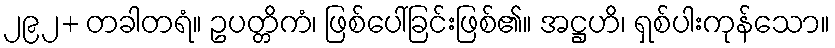
၂၉၂+ တခါတရံ။ ဥပတ္တိကံ၊ ဖြစ်ပေါ်ခြင်းဖြစ်၏။ အဋ္ဌဟိ၊ ရှစ်ပါးကုန်သော။